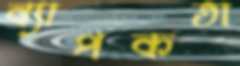
ব্যাপকতা